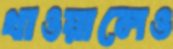
খাওয়ালেও